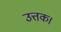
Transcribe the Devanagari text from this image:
उत्तक।